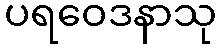
ပရဝေဒနာသု